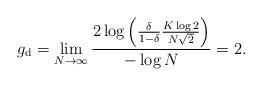
LaTeX: \begin{align*}g_{\rm d}&=\lim_{N\rightarrow \infty} \frac{2\log\left(\frac{\delta}{1-\delta}\frac{K\log 2}{N\sqrt{2}}\right)}{-\log N}=2.\end{align*}